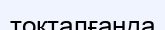
тоқталғанда